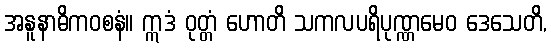
အနူနာဓိကဝစနံ။ ဣဒံ ဝုတ္တံ ဟောတိ သကလပရိပုဏ္ဏမေဝ ဒေသေတိ,